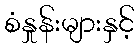
စံနှုန်းများနှင့်